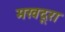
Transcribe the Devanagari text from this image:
मखदूरा